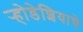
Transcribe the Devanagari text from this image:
र्‍होडेशियाचे